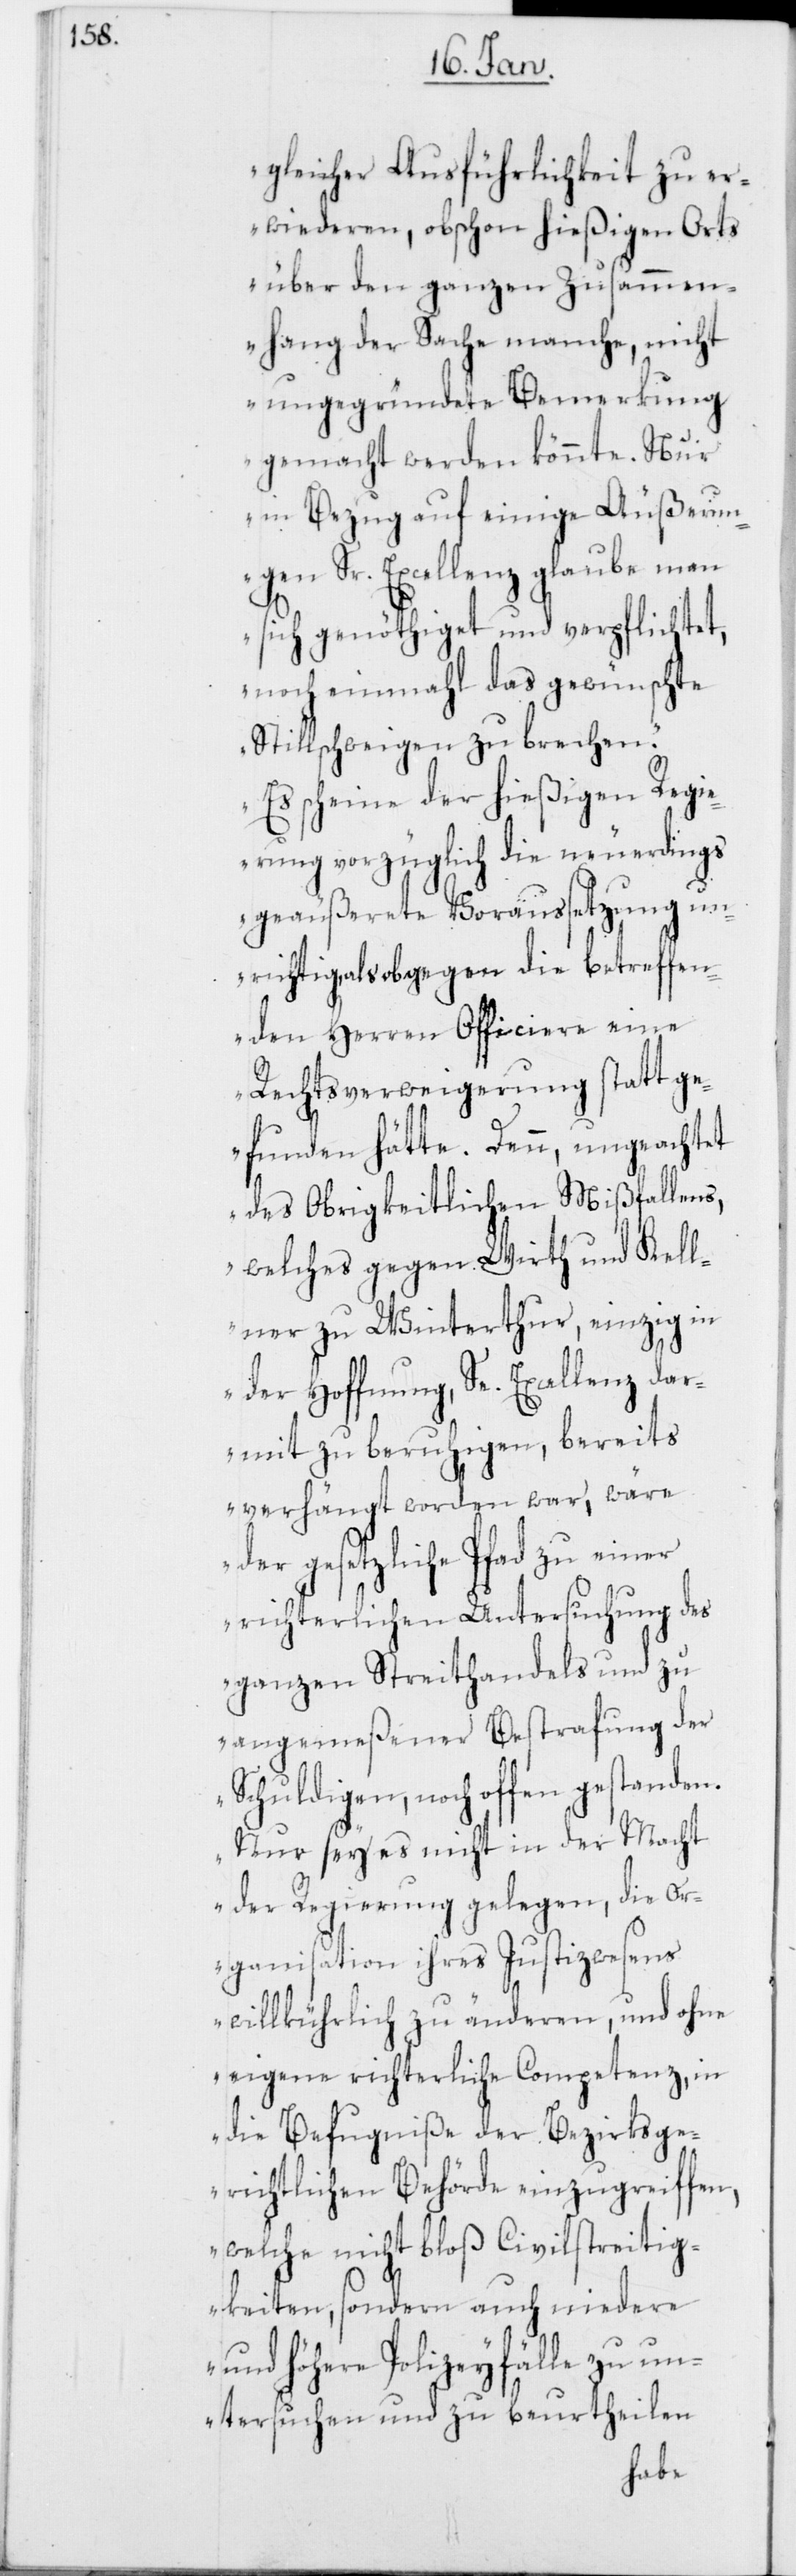
gleicher Ausführlichkeit zu er¬
wiederen, obschon hießigen Orts
über den ganzen Zusammen¬
hang der Sache manche, nicht
ungegründete Bemerkung
gemacht werden könnte. Nur
in Bezug auf einige Äußerun¬
gen Sr. Excellenz glaube man
sich genöthiget und verpflichtet,
noch einmahl das gewünschte
Stillschweigen zu brechen.
Es scheine der hießigen Regi¬
erung vorzüglich die neuerdings
geäußerete Voraussetzung un¬
richtig, als ob gegen die betreffen¬
den Herren Officiere eine
Rechtsverweigerung statt ge¬
funden hätte. Denn, ungeachtet
des Obrigkeitlichen Mißfallens,
welches gegen Wirth und Kell¬
ner zu Winterthur, einzig in
der Hoffnung, Se. Excellenz dar¬
mit zu beruhigen, bereits
verhängt worden war, wäre
der gesetzliche Pfad zu einer
richterlichen Untersuchung des
ganzen Streithandels und zu
angemeßener Bestrafung der
Schuldigen, noch offen gestanden.
Nur sey es nicht in der Macht
der Regierung gelegen, die Or¬
ganisation ihres Justizwesens
willkührlich zu änderen, und ohne
eigene richterliche Competenz, in
die Befugniße der Bezirksge¬
richtlichen Behörde einzugreiffen,
welche nicht bloß Civilstreitig¬
keiten, sondern auch niedere
und höhere Polizeyfälle zu un¬
tersuchen und zu beurtheilen